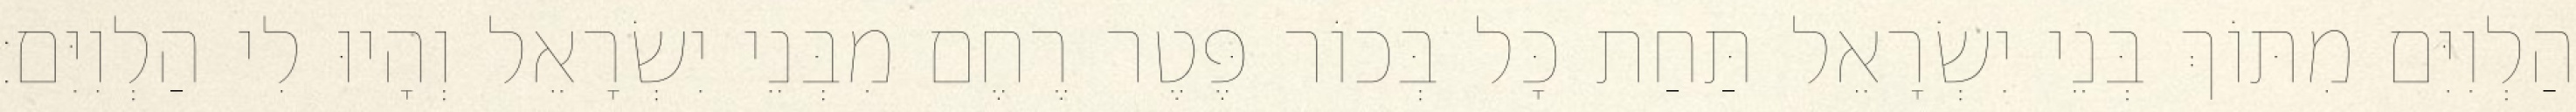
הַלְוִיִּם מִתּוֹךְ בְּנֵי יִשְׂרָאֵל תַּחַת כָּל בְּכוֹר פֶּטֶר רֶחֶם מִבְּנֵי יִשְׂרָאֵל וְהָיוּ לִי הַלְוִיִּם׃